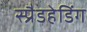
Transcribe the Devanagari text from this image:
स्प्रैडहेडिंग